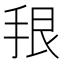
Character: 𪭳